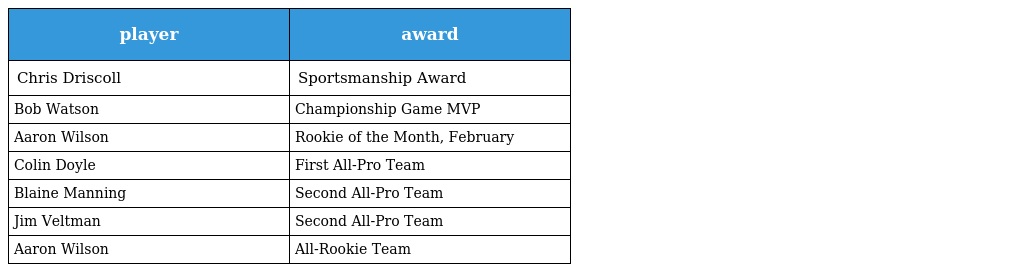
| player | award |
 | --- | --- |
 | Chris Driscoll | Sportsmanship Award |
 | Bob Watson | Championship Game MVP |
 | Aaron Wilson | Rookie of the Month, February |
 | Colin Doyle | First All-Pro Team |
 | Blaine Manning | Second All-Pro Team |
 | Jim Veltman | Second All-Pro Team |
 | Aaron Wilson | All-Rookie Team |